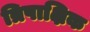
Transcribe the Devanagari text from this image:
त्रिपाक्षिक